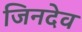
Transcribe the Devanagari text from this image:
जिनदेव